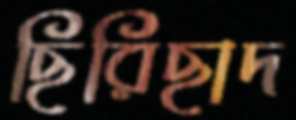
ছিরিছাদ